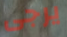
يرجى